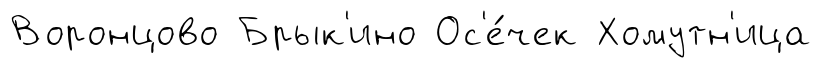
Воронцово Брык'ино Ос'е́чек Хомутн'ица